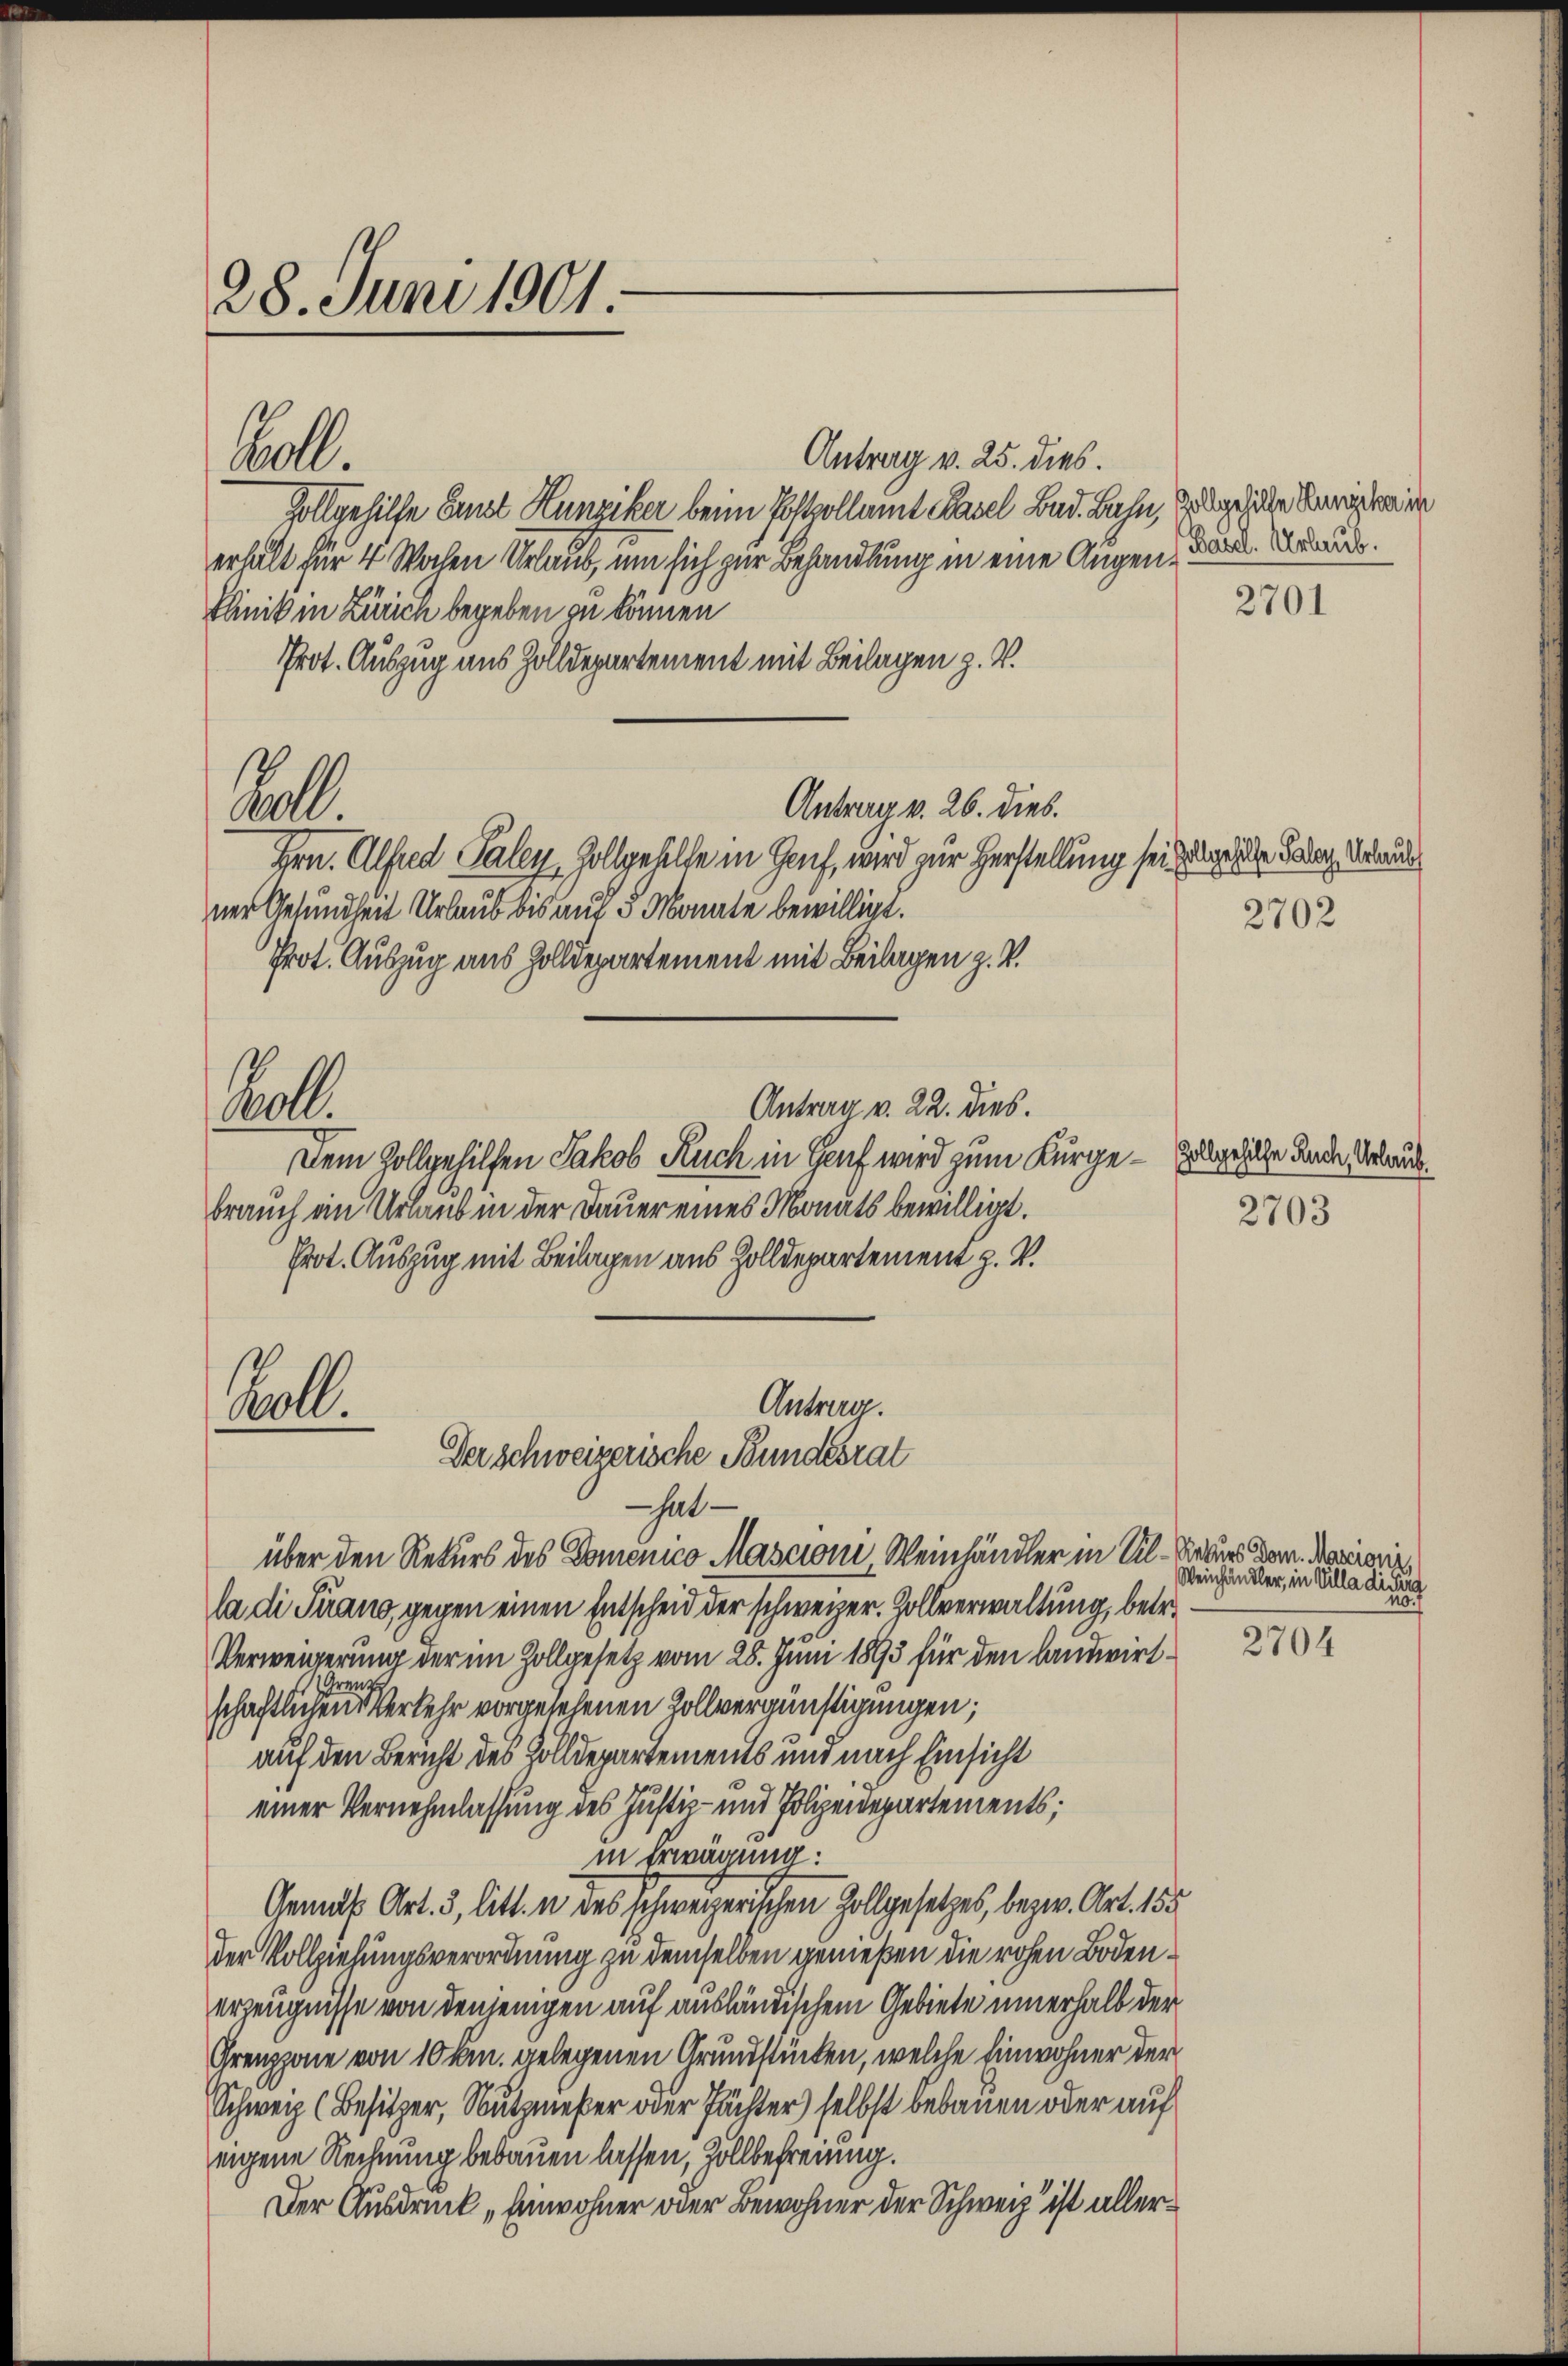
28. Juni 1901

Antrag v. 25. dies.
Zollgehilte Ernst Hunziker beim Postpollamt Basel Bed. Bahn, Trage habe Seiten er
erhalt für 4 Wochen Urlaub, um sich zur Behandlung in eine Augen, dar. Braut.
Plinik in Zürich begeben in können
Prot. Auszug aus Zolldepartement mit Beilagen z. V.
Antrag v. 26. dies.
Hrn. Alfred Paler, Zollgellte in Genf, wird zur Herstellung sei zugesiche Foder Urlaude
ner Gesundheit Urlaub bis auf 5 Monate bewilligt.
Prot. Auszug aus Zolldepartement mit Beilagen z. V.
Antrag v. 22. dies.
Bell
Dem Zollgehilfen Jakob Ruch in Genf wird zum Kurge - Zelgehülle ande Urlaub
brauch ein Urlaub in der Dauer eines Monats bewilligt.
Prot. Auszug mit Beilagen aus Zolldepartement z. V.

Ball

Aull.

Antrag.
Kall.
Der schweizerische Bundesrat

hat
über den Rekurs des Domenico Masconi Weinhändler in Al. Rekurs dem Memoriala di Piano, gegen einen Entscheid der schweizer. Zollverwaltung, betr.
Verweigerung der im Zollgesetz vom 28. Juni 1893 für den landwirt.
schaftlichen Verkehr vorgesehenen Zollvergünstigungen;
auf den Bericht des Zolldepartements und nach Einsicht
einer Vernehmlassung des Justiz- und Polizeidepartements;
in Erwägung:
Gemäß Art. 3, litt. u des schweizerischen Zollgesetzes, bezw. Art. 155
der Vollziehungsverordnung zu demselben gemeßen die rohen Bodenerzeugnisse von denjenigen auf ausländischem Gebiete innerhalb der
Grenzzone von 10 km gelegenen Grundstücken, welche Einwohner der
Schweiz (Besitzer, Nutzmeßer oder Pächter) selbst bebauen oder auf
eigene Rechnung bebauen lassen, Zollbefreung.
Der Ausdruck „Einwohner oder Bewohner der Schweiz ist aller¬

2701

2702

2703

Weinhändler, in Villa di cura
20

2704